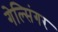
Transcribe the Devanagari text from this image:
गेल्सिंगर